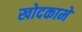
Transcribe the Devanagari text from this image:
खोदकामे